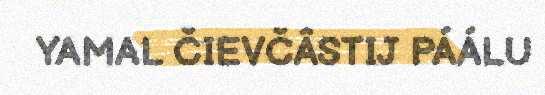
YAMAL ČIEVČÂSTIJ PÁÁLU